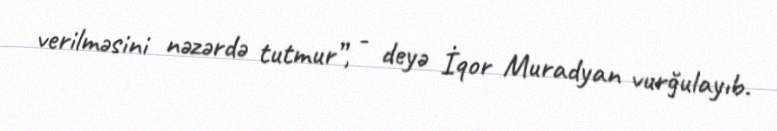
verilməsini nəzərdə tutmur”, - deyə İqor Muradyan vurğulayıb.